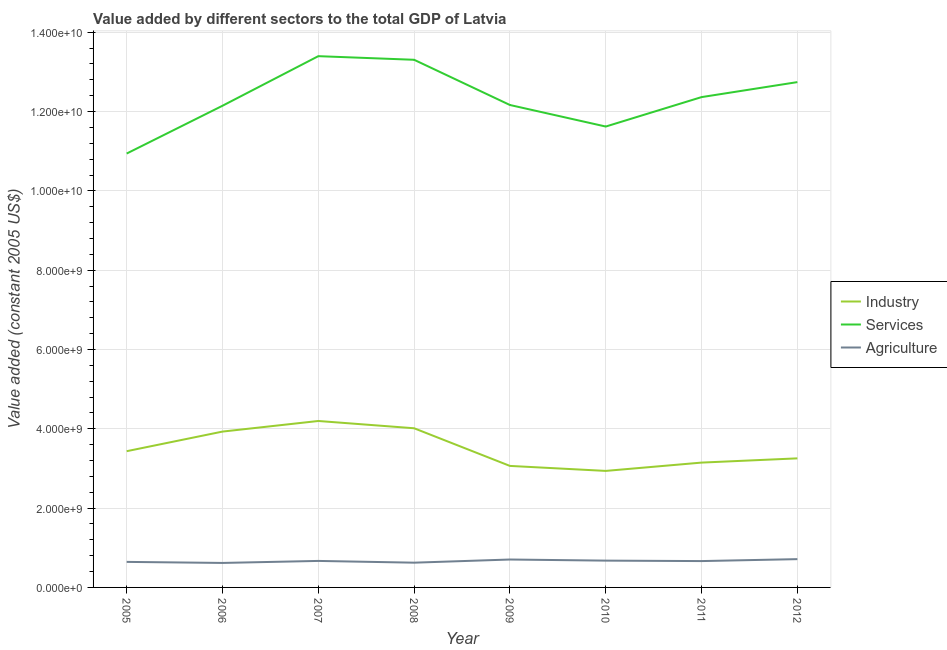
| Year | Industry | Services | Agriculture |
 | --- | --- | --- | --- |
 | 2005 | 3.44e+09 | 1.09e+10 | 6.44e+08 |
 | 2006 | 3.93e+09 | 1.21e+10 | 6.17e+08 |
 | 2007 | 4.2e+09 | 1.34e+10 | 6.68e+08 |
 | 2008 | 4.01e+09 | 1.33e+10 | 6.24e+08 |
 | 2009 | 3.06e+09 | 1.22e+10 | 7.04e+08 |
 | 2010 | 2.94e+09 | 1.16e+10 | 6.76e+08 |
 | 2011 | 3.15e+09 | 1.24e+10 | 6.64e+08 |
 | 2012 | 3.25e+09 | 1.27e+10 | 7.13e+08 |